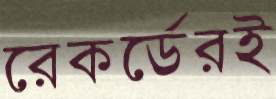
রেকর্ডেরই